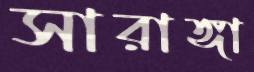
সারাঙ্গা